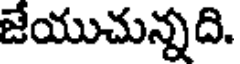
జేయుచున్నది.